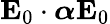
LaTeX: \mathbf{E}_{0}\cdot\boldsymbol{\alpha}\mathbf{E}_{0}